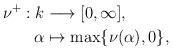
LaTeX: \begin{align*}\nu^+ : k & \longrightarrow [0, \infty], \\\alpha & \mapsto \max \{ \nu(\alpha), 0\}, \end{align*}